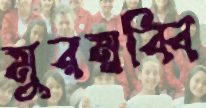
মুরম্নব্বি